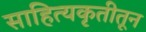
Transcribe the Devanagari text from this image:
साहित्यकृतीतून